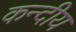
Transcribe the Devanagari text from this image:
कन्दीय